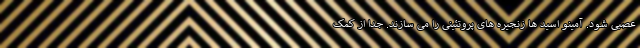
عصبی شود. آمینو اسید ها زنجیره های پروتئینی را می سازند. جدا از کمک